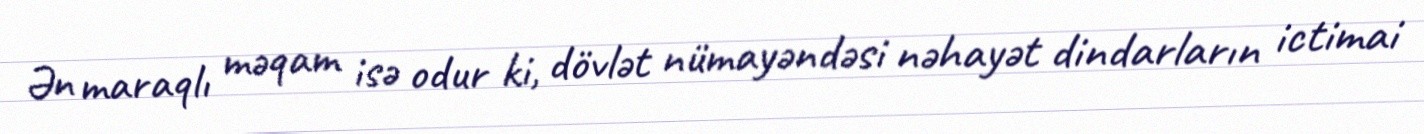
Ən maraqlı məqam isə odur ki, dövlət nümayəndəsi nəhayət dindarların ictimai